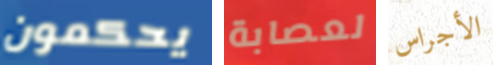
يحكمون لعصابة الأجراس